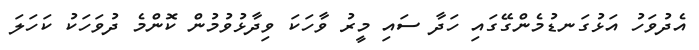
އެދުވަހު އަޅުގަނޑުމެންގޭގައި ހަދާ ސައި މީރު ވާހަކަ ވިދާޅުވުމުން ކޮންމެ ދުވަހަކު ކަހަލަ